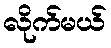
လိုက်မယ်